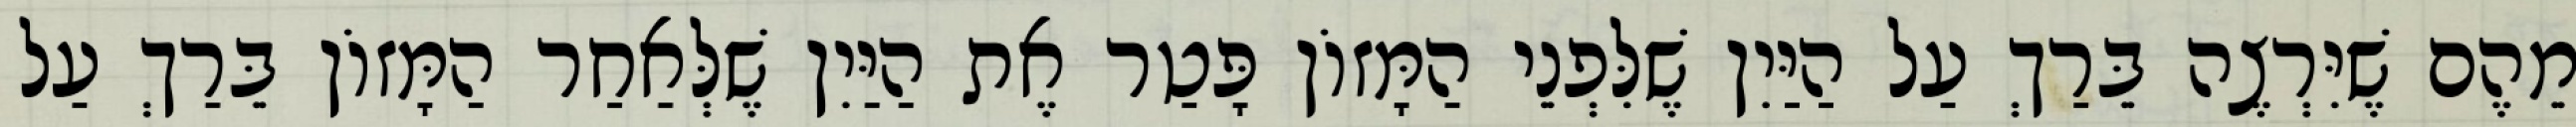
מֵהֶם שֶׁיִּרְצֶה בֵּרַךְ עַל הַיַּיִן שֶׁלִּפְנֵי הַמָּזוֹן פָּטַר אֶת הַיַּיִן שֶׁלְּאַחַר הַמָּזוֹן בֵּרַךְ עַל